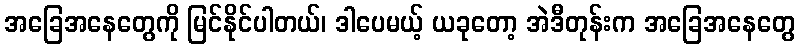
အခြေအနေတွေကို မြင်နိုင်ပါတယ်၊ ဒါပေမယ့် ယခုတော့ အဲဒီတုန်းက အခြေအနေတွေ